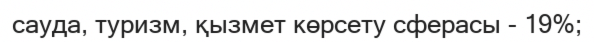
сауда, туризм, қызмет көрсету сферасы - 19%;